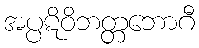
အပ္ပဋိဝိဘတ္တဘောဂီ